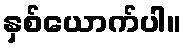
နှစ်ယောက်ပါ။